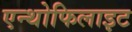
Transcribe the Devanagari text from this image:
एन्थोफिलाइट